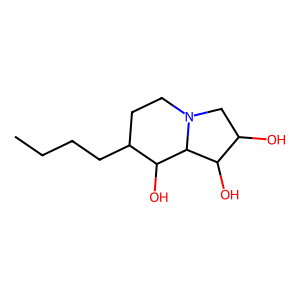
SMILES: CCCCC1CCN2CC(O)C(O)C2C1O
Inhibits HIV replication: No